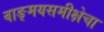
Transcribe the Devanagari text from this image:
वाङ्‌मयसमीक्षेचा